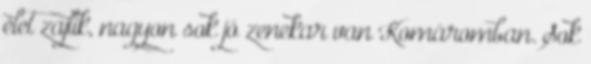
élet zajlik, nagyon sok jó zenekar van Komáromban. Sok